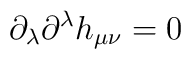
\partial_\lambda \partial^\lambda h_{\mu \nu} = 0